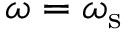
\omega = \omega _ { \mathrm { s } }